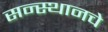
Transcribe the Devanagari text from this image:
सन्स्थानचे